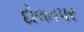
દોલતપર